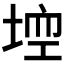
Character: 𡌾